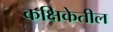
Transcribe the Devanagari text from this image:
कक्षिकेतील